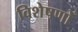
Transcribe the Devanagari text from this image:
विशेषणोँ